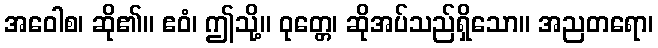
အဝေါစ၊ ဆို၏။ ဧဝံ၊ ဤသို့။ ဝုတ္တေ၊ ဆိုအပ်သည်ရှိသော။ အညတရော၊